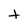
Character: t